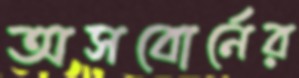
অসবোর্নের